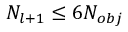
N _ { l + 1 } \le 6 N _ { o b j }